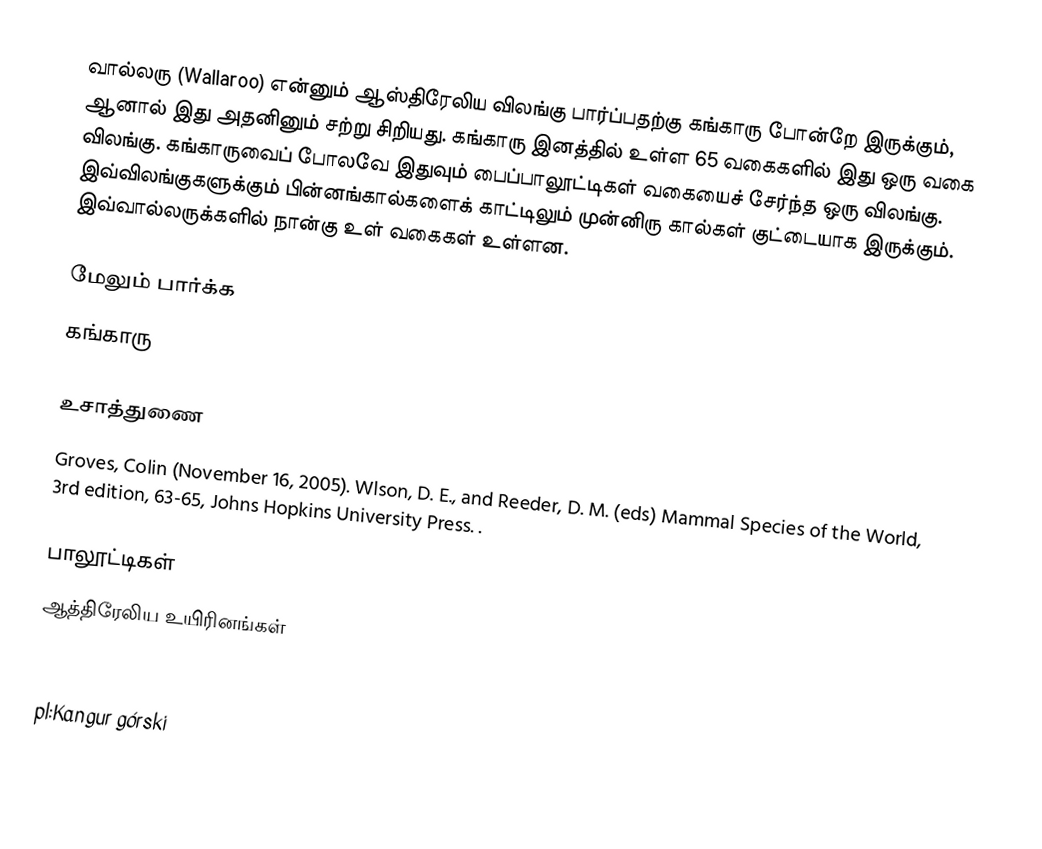
வால்லரு (Wallaroo) என்னும் ஆஸ்திரேலிய விலங்கு பார்ப்பதற்கு கங்காரு போன்றே இருக்கும், ஆனால் இது அதனினும் சற்று சிறியது. கங்காரு இனத்தில் உள்ள  65 வகைகளில் இது ஒரு வகை விலங்கு. கங்காருவைப் போலவே இதுவும் பைப்பாலூட்டிகள் வகையைச் சேர்ந்த ஒரு விலங்கு. இவ்விலங்குகளுக்கும் பின்னங்கால்களைக் காட்டிலும் முன்னிரு கால்கள் குட்டையாக இருக்கும். இவ்வால்லருக்களில் நான்கு உள் வகைகள் உள்ளன.

மேலும் பார்க்க
 கங்காரு

உசாத்துணை
 Groves, Colin (November 16, 2005). Wlson, D. E., and Reeder, D. M. (eds) Mammal Species of the World, 3rd edition, 63-65, Johns Hopkins University Press. .

பாலூட்டிகள்
ஆத்திரேலிய உயிரினங்கள்

nl:Wallaroe
pl:Kangur górski